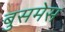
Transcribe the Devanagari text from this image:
बुसमेस